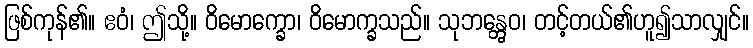
ဖြစ်ကုန်၏။ ဧဝံ၊ ဤသို့။ ဝိမောက္ခော၊ ဝိမောက္ခသည်။ သုဘန္တွေဝ၊ တင့်တယ်၏ဟူ၍သာလျှင်။